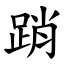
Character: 踃